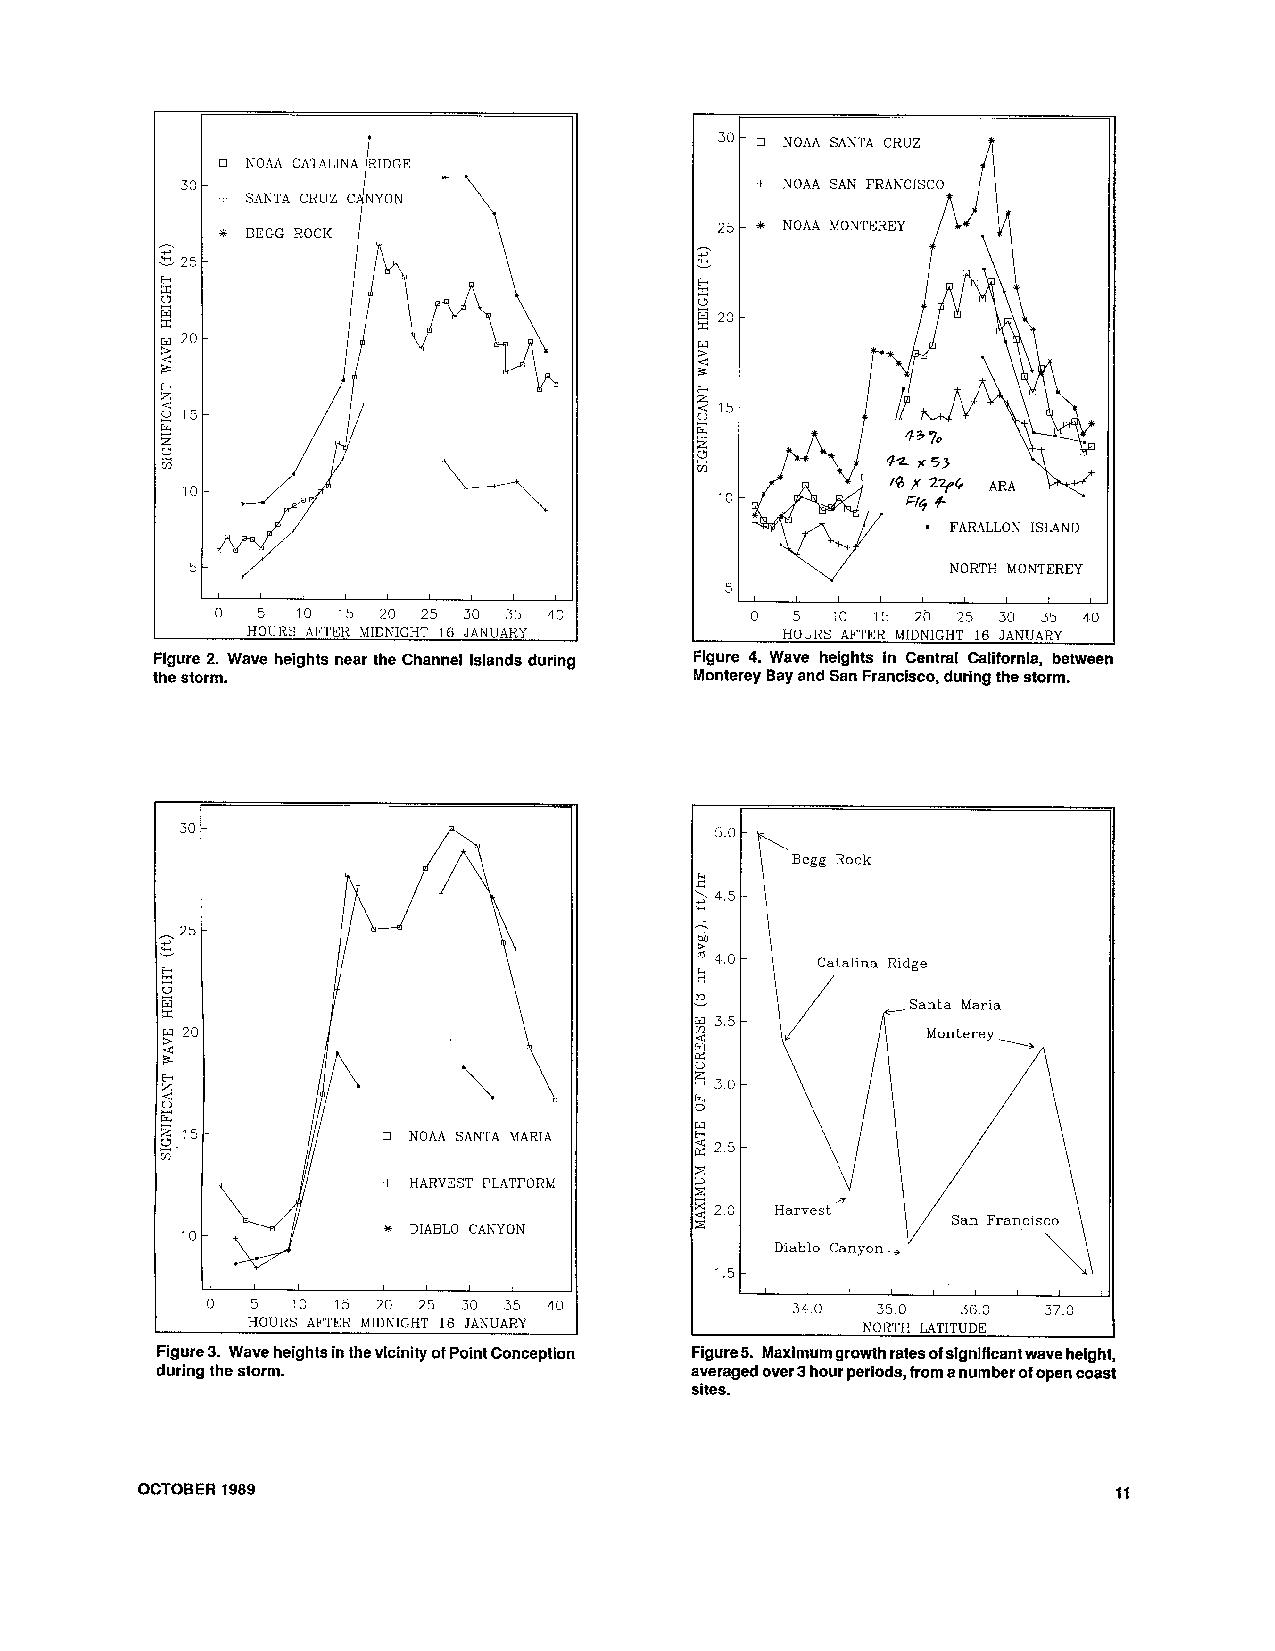
30 - NOAA SANTA CRUZ
 + NOAA SAN FRAACISCO
 *
 - 75 - NOAA hlOUTEREY
 -
 +4.
 8
 20-
 3:
 W>
 2
 P
 5 5-
 2
 ti:
 z
 0
 II)
 10 -
 -
 FARALLON ISLAND
 NORTH MONTEREY
 5 -
 I
 0  5 10 15 20 25 30 35 40
 I
 HOUIZS AFTER MIDUIGIIT 1G JANU.4RY  HOLRS AFTFR MIDNIGHT 16 JANUARY
 Figure 2. Wave heights near the Channel Islands during Figure 4. Wave heights in Central California, between
 the storm.                          Monterey Bay and San Francisco, during the storm.
 d
 Catal~naR idge
 ,Santa Marla
 5 3u-
 3
 WC
 2
 25-
 Z
 3
 2 0 Harvest
 X                Sdri Franc~sco
 D~abloC anyon,
 15-
 I
 7  5 10 15 20 25 30 35 40             34 0  35 0  36 0 37 0
 HOURS AFTER MIDNIGHT 16 JANUARY          NORTH 1,ATITIJnE
 -
 Figure 3. Wave heights in the vicinity of Point Conception Figure5. Maximum growth rates of significant wave height,
 during the storm.                   averaged over 3 hour periods, from a number of open coast
 sites.
 OCTOBER 1989